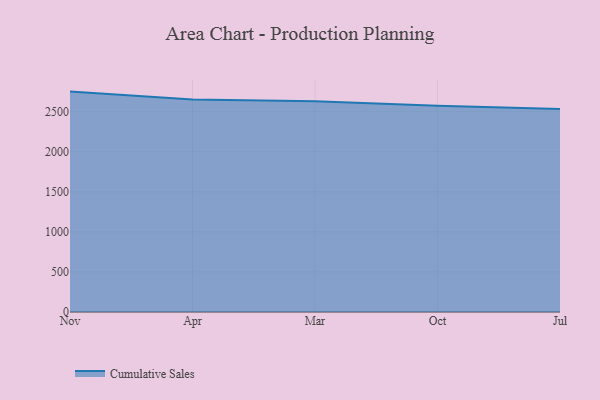
{"axis": {"x": "Month", "y": "Revenue (USD Million)"}, "legend": ["Cumulative Sales"], "data": [{"x": "Nov", "y": 2751.1, "type": "Cumulative Sales"}, {"x": "Apr", "y": 2652.2, "type": "Cumulative Sales"}, {"x": "Mar", "y": 2629.1, "type": "Cumulative Sales"}, {"x": "Oct", "y": 2574.6, "type": "Cumulative Sales"}, {"x": "Jul", "y": 2534.5, "type": "Cumulative Sales"}]}